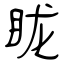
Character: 眬